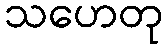
သဟေတု